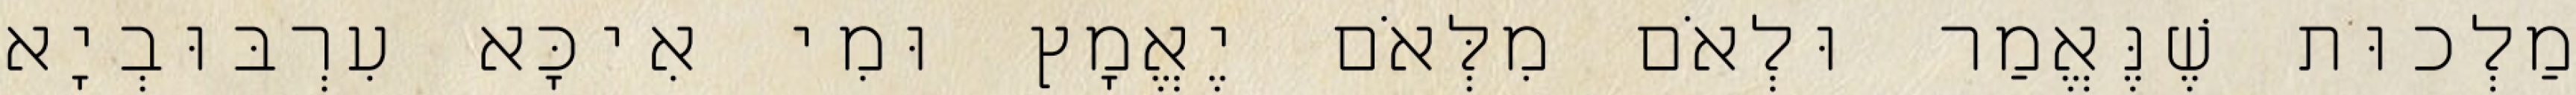
מַלְכוּת שֶׁנֶּאֱמַר וּלְאֹם מִלְּאֹם יֶאֱמָץ וּמִי אִיכָּא עִרְבּוּבְיָא